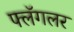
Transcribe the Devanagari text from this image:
फ्लॅगलर